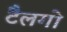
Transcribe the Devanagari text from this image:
टैलगो